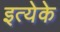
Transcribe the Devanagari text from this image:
इत्येके